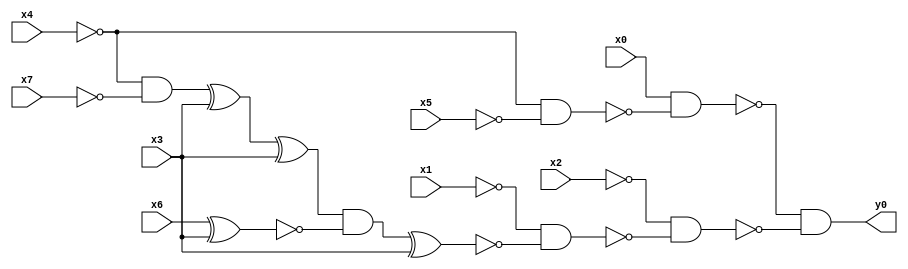
module top( x0 , x1 , x2 , x3 , x4 , x5 , x6 , x7 , y0 );
  input x0 , x1 , x2 , x3 , x4 , x5 , x6 , x7 ;
  output y0 ;
  wire n9 , n10 , n11 , n12 , n13 , n14 , n15 , n16 , n17 , n18 , n19 ;
  assign n9 = ~x4 & ~x5 ;
  assign n10 = x0 & ~n9 ;
  assign n11 = ~x4 & ~x7 ;
  assign n12 = n11 ^ x3 ;
  assign n13 = n12 ^ x3 ;
  assign n14 = x6 ^ x3 ;
  assign n15 = n13 & ~n14 ;
  assign n16 = n15 ^ x3 ;
  assign n17 = ~x1 & ~n16 ;
  assign n18 = ~x2 & ~n17 ;
  assign n19 = ~n10 & ~n18 ;
  assign y0 = n19 ;
endmodule